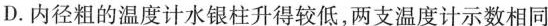
D.内径粗的温度计水银柱升得较低，两支温度计示数相同